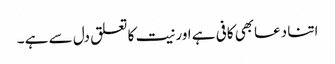
اتنا دعابھی کافی ہے اور نیت کا تعلق دل سے ہے ۔